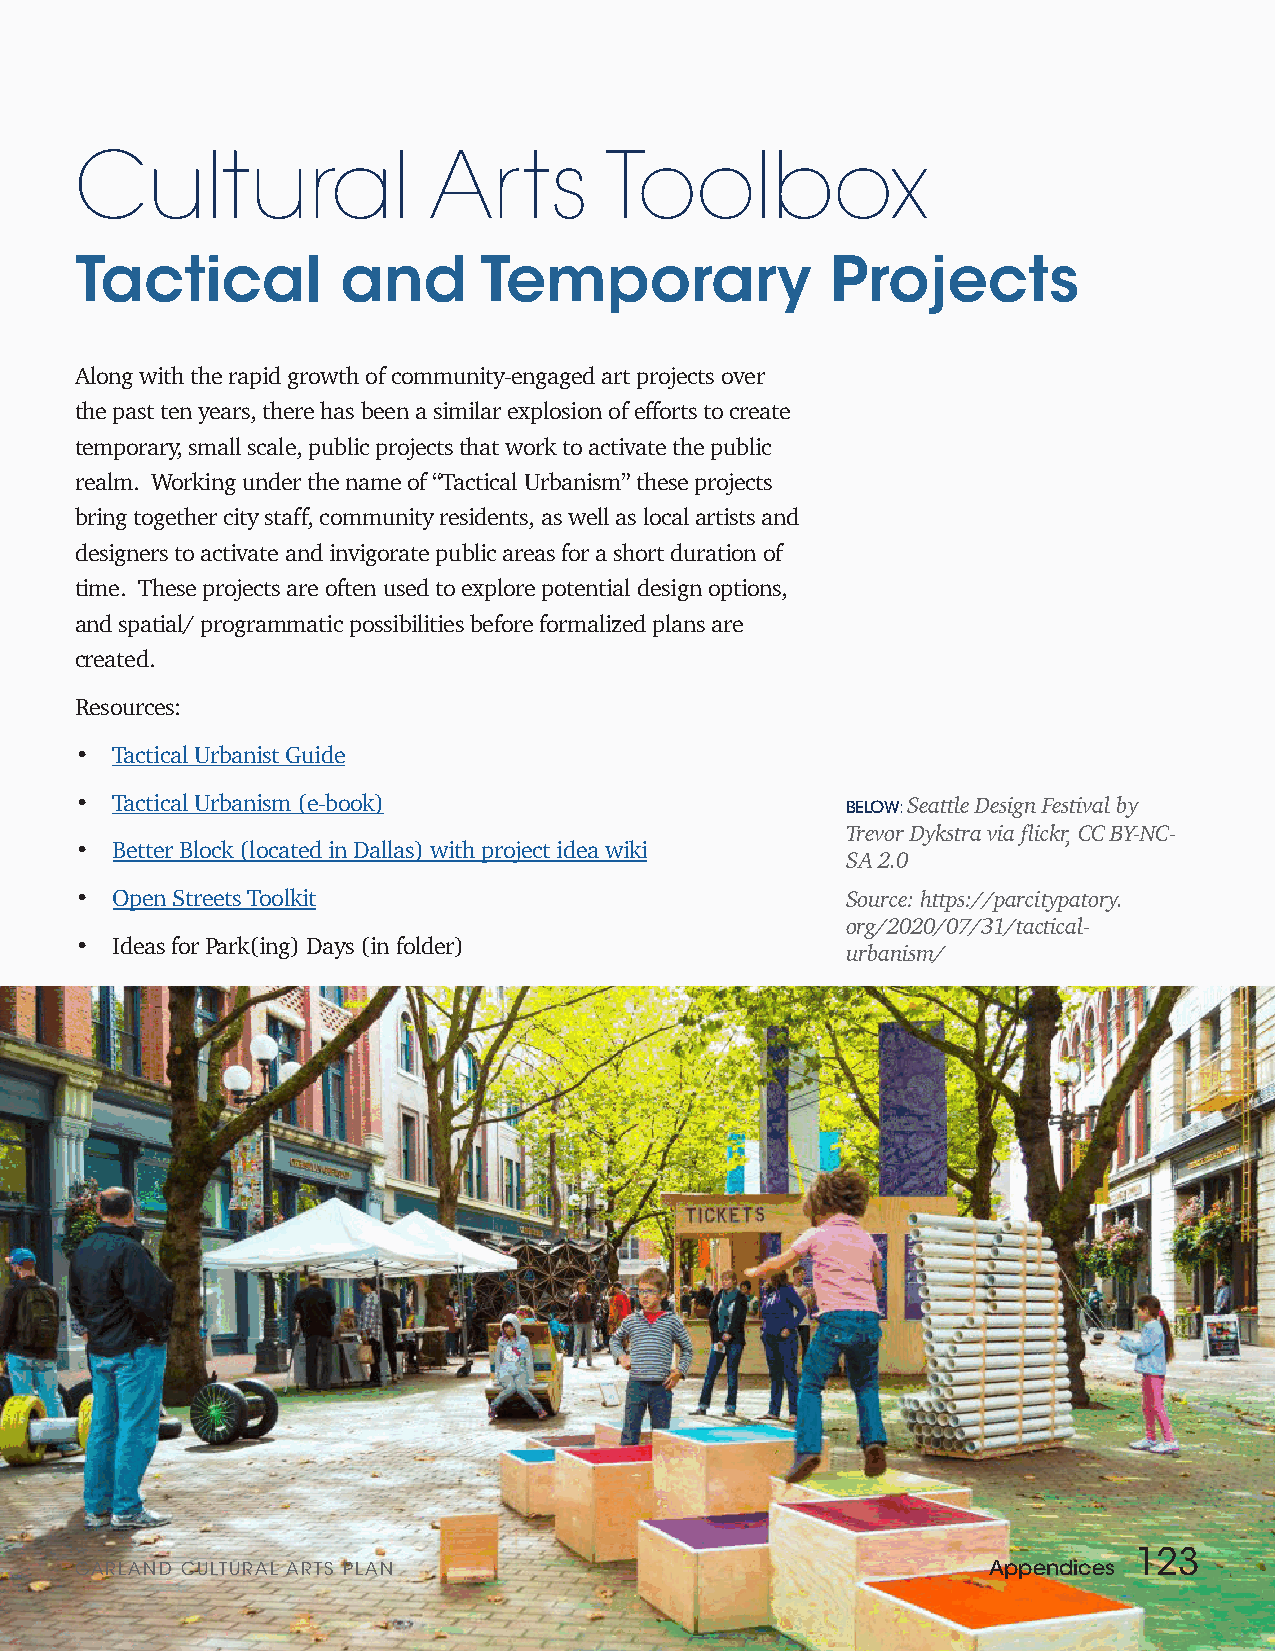
Cultural               Arts        Toolbox
 Tactical          and      Temporary              Projects
 Along with the rapid growth of community-engaged art projects over
 the past ten years, there has been a similar explosion of efforts to create
 temporary, small scale, public projects that work to activate the public
 realm. Working under the name of “Tactical Urbanism” these projects
 bring together city staff, community residents, as well as local artists and
 designers to activate and invigorate public areas for a short duration of
 time. These projects are often used to explore potential design options,
 and spatial/ programmatic possibilities before formalized plans are
 created.
 Resources:
 • Tactical Urbanist Guide
 • Tactical Urbanism (e-book)                       BELOW: Seattle Design Festival by
 Trevor Dykstra via flickr, CC BY-NC-
 • Better Block (located in Dallas) with project idea wiki
 SA 2.0
 • Open Streets Toolkit                             Source: https://parcitypatory.
 org/2020/07/31/tactical-
 • Ideas for Park(ing) Days (in folder)
 urbanism/
 123
 GARLAND CULTURAL ARTS PLAN                                  Appendices